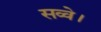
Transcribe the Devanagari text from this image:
सव्वे।